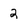
Character: 2